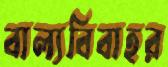
বাল্যবিবাহর